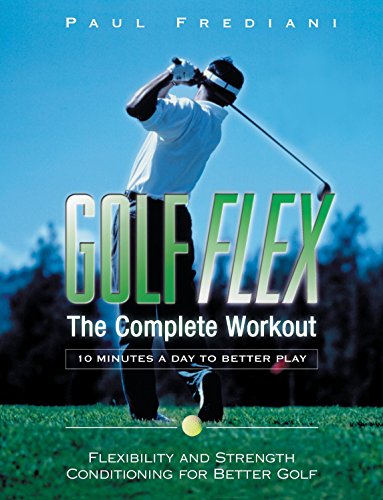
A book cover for Golf Flex: The Complete Workout/10 Minutes a Day to Better Play; Paul Frediani; Health, Fitness & Dieting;